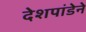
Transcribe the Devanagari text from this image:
देशपांडेने